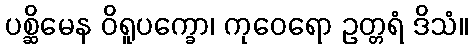
ပစ္ဆိမေန ဝိရူပက္ခော၊ ကုဝေရော ဥတ္တရံ ဒိသံ။